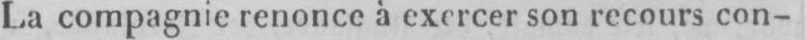
La compagnie renonce à exercer son recours con-